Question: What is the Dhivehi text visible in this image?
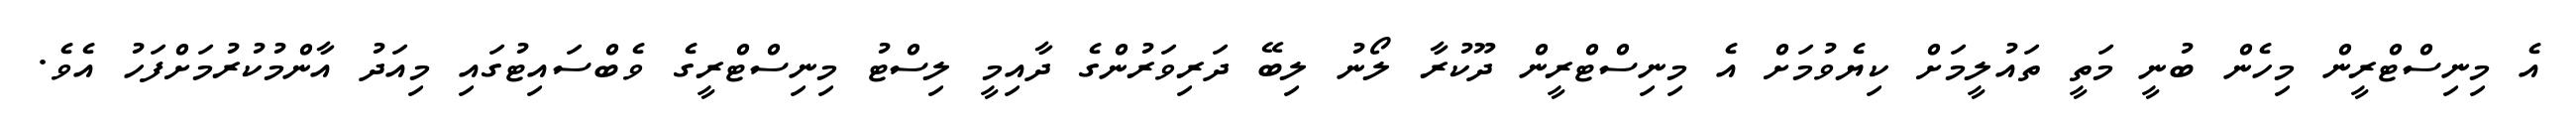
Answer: އެ މިނިސްޓްރީން މިހެން ބުނީ މަތީ ތައުލީމަށް ކިޔެވުމަށް އެ މިނިސްޓްރީން ދޫކުރާ ލޯނު ލިބޭ ދަރިވަރުންގެ ދާއިމީ ލިސްޓު މިނިސްޓްރީގެ ވެބްސައިޓުގައި މިއަދު އާންމުކުރުމަށްފަހު އެވެ.